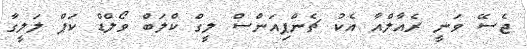
ޖެސޭ ވަނީ ރެއާލްއާ އެކު ޗެންޕިއަންސް ލީގް ކްލަބް ވޯލްޑް ކަޕް ލަލީގާ